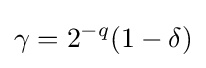
\gamma =2^{-q}(1-\delta )